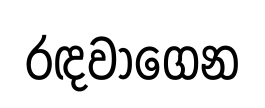
රඳවාගෙන